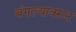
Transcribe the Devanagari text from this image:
बंगल्यावरून